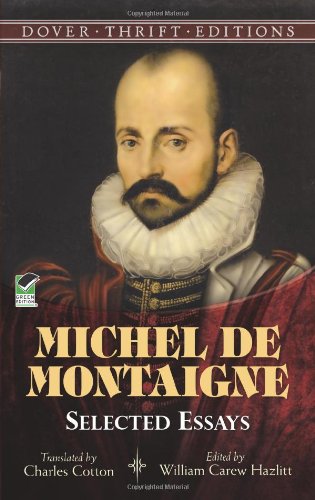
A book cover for Michel de Montaigne: Selected Essays (Dover Thrift Editions); Michel de Montaigne; Politics & Social Sciences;